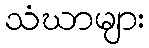
သံဃာများ